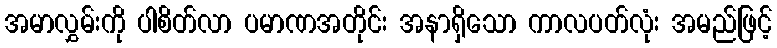
အမာလွှမ်းကို ပါစိတ်လာ ပမာဏအတိုင်း အနာရှိသော ကာလပတ်လုံး အမည်ဖြင့်